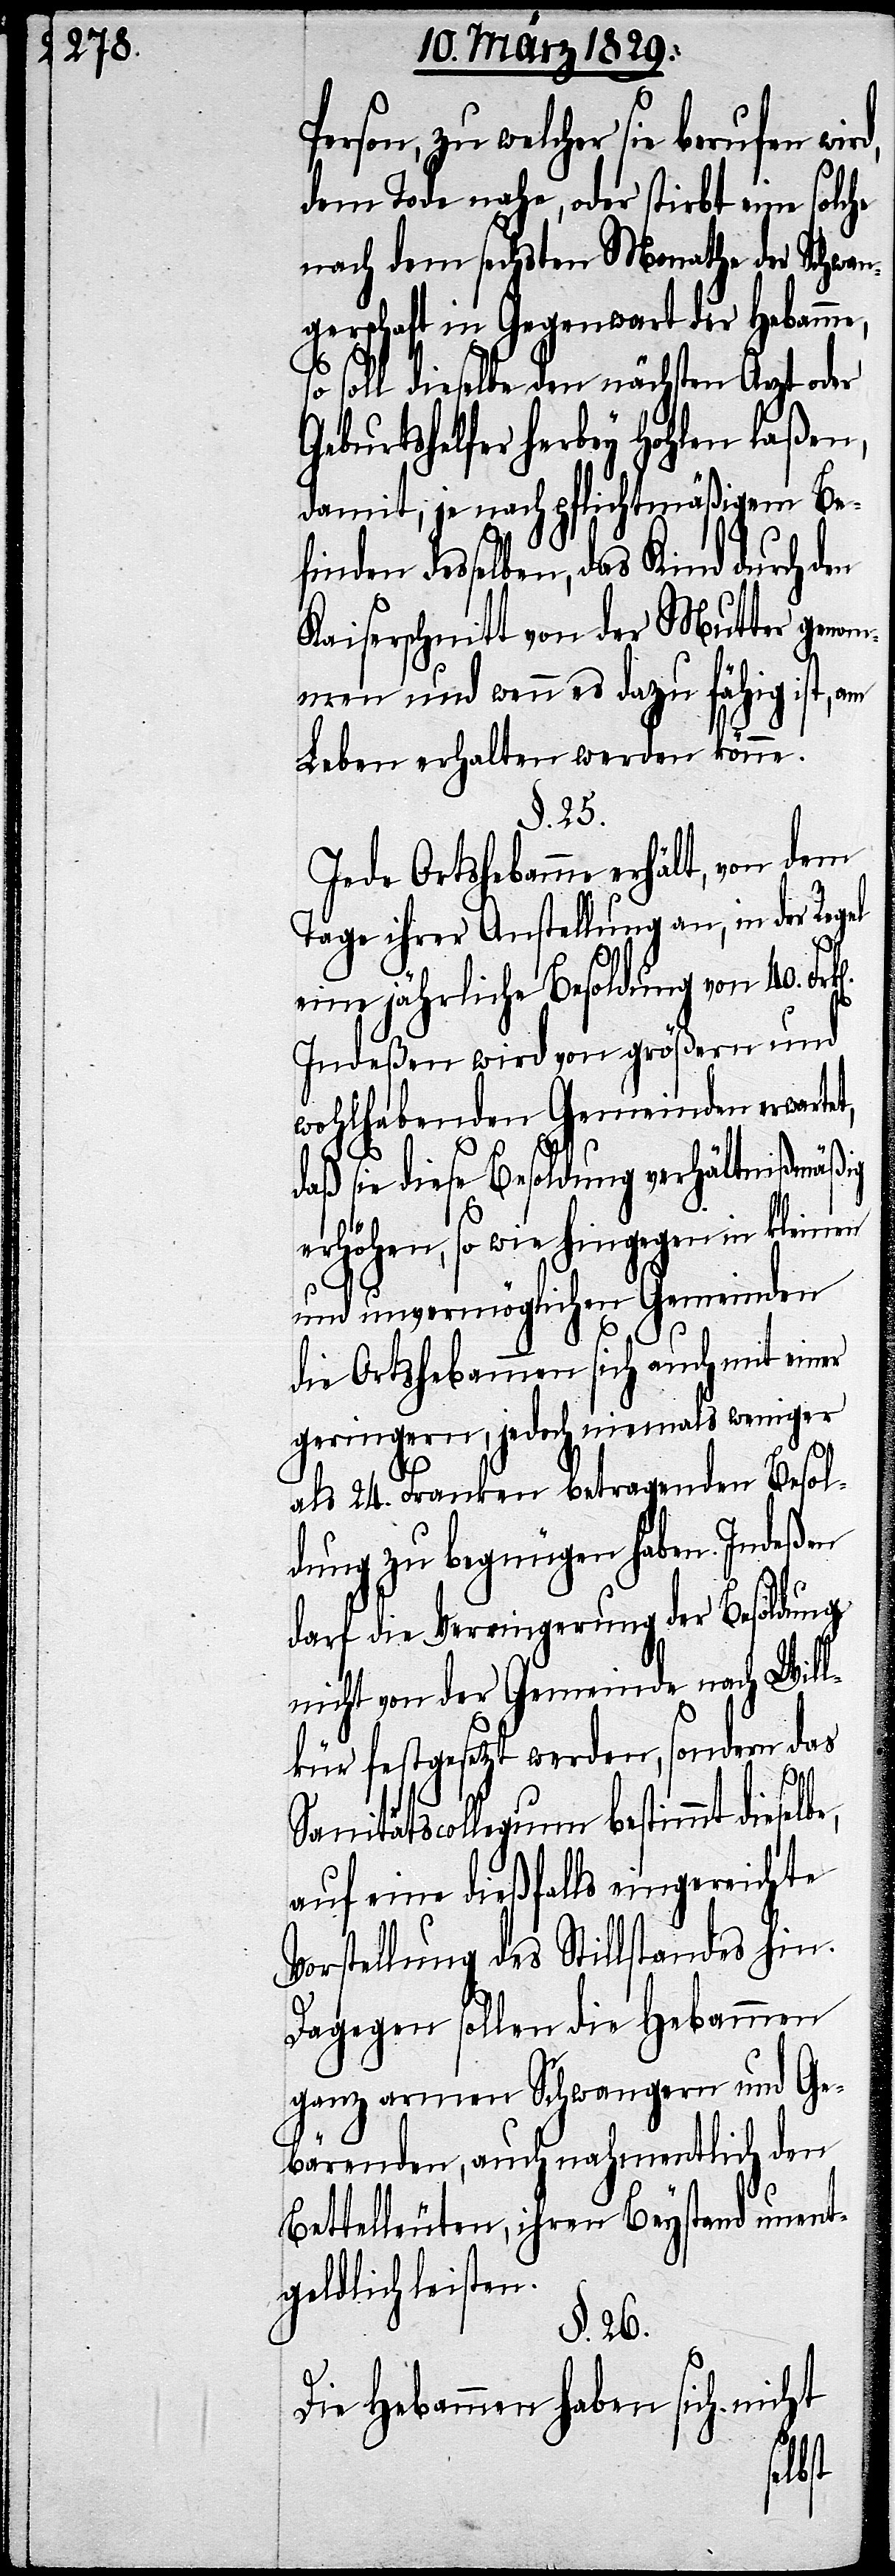
erson, zu welcher sie berufen
dem Tode nahe, oder stirbt eine solche
nach sechsten Monathe der Schwa¬
ngerschaft in Gegenwart der Hebamme,
so soll dieselbe den nächsten Arzt oder
Geburtshelfer herbey hohlen laßen,
damit, je nach pflichtmäßigem Be¬
finden desselben, das Kind durch den
Kaiserschnitt von der Mutter genom¬
men und wenn es dazu fähig ist, am
Leben erhalten werden könne.
§. 25.
Jede Ortshebamme erhält, von dem
Tage ihrer Anstellung an, in der Regel
P¬
eine jährliche Besoldung von 40.
Indeßen wird von größern und
wohlhabenden Gemeinden erwartet,
daß sie diese Besoldung verhältnißmäßig
erhöhen, so wie hingegen in kleinen
und unvermöglichen Gemeinden
die Ortshebamme sich auch mit einer
geringern, jedoch niemals weniger
al 24. Franken betragenden Besol¬
dung zu begnügen haben. Indeßen
darf die Verringerung der Besoldung
nicht von der Gemeinde nach Will¬
kür festgesetzt werden, sondern das
Sanitätscollegium bestimmt dieselbe,
auf eine dießfalls eingereichte
Vorstellung des Stillstandes hin.
Dagegen sollen die Hebammen
ganz armen Schwangern und Ge¬
bärenden, auch nahmentlich den
Bettelleuten, ihren Beystand unent¬
geldlich leisten.
§. 26.
Die Hebammen haben sich nicht